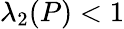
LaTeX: \lambda_{2}(P)<1